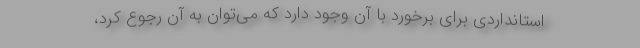
استانداردی برای برخورد با آن وجود دارد که می‌توان به آن رجوع کرد،